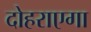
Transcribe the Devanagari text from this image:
दोहराएगा